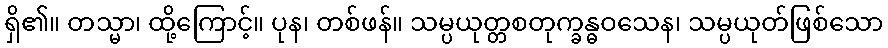
ရှိ၏။ တသ္မာ၊ ထို့ကြောင့်။ ပုန၊ တစ်ဖန်။ သမ္ပယုတ္တစတုက္ခန္ဓဝသေန၊ သမ္ပယုတ်ဖြစ်သော